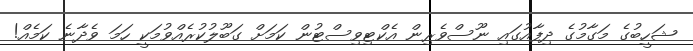
ޝަހީބުގެ މަގާމުގެ ދިފާއުގައި ނޫސްވެރިން އެކްޓިވިސްޓުން ކަމަށް ގަބޫލުކުރެއްވުމަކީ ހަމަ ވެދާނެ ކަމެއް!